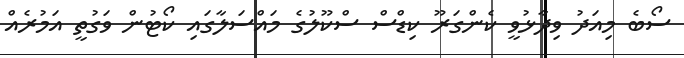
ސޯބެ މިއަދު ވިދާޅުވީ ކެންގަރޫ ކިޑްސް ސްކޫލުގެ މައްސަލާގައި ކޯޓުން ވަގުތީ އަމުރެއް